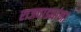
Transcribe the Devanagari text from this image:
राजवाड्यांना